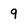
Character: 9